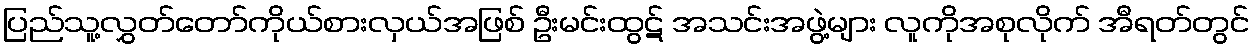
ပြည်သူ့လွှတ်တော်ကိုယ်စားလှယ်အဖြစ် ဦးမင်းထွဋ် အသင်းအဖွဲ့များ လူကိုအစုလိုက် အီရတ်တွင်